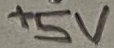
Text: +5V